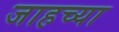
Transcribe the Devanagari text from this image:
जाहच्या